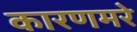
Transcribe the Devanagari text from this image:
कारणमरे